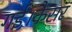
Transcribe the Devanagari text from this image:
गई।कैंसर